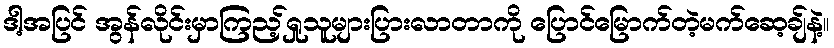
ဒါ့အပြင် အွန်လိုင်းမှာကြည့်ရှုသူများပြားလာတာကို ပြောင်မြောက်တဲ့မက်ဆေ့ချ်နဲ့။